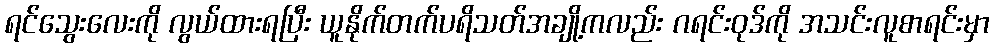
ရင်သွေးလေးကို လွယ်ထားရပြီး ယူနိုက်တက်ပရိသတ်အချို့ကလည်း ဂရင်းဝုဒ်ကို အသင်းလူစာရင်းမှာ